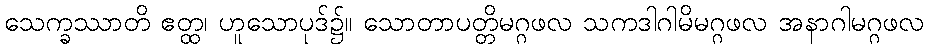
သေက္ခဿာတိ ဧတ္ထ၊ ဟူသောပုဒ်၌။ သောတာပတ္တိမဂ္ဂဖလ သကဒါဂါမိမဂ္ဂဖလ အနာဂါမဂ္ဂဖလ